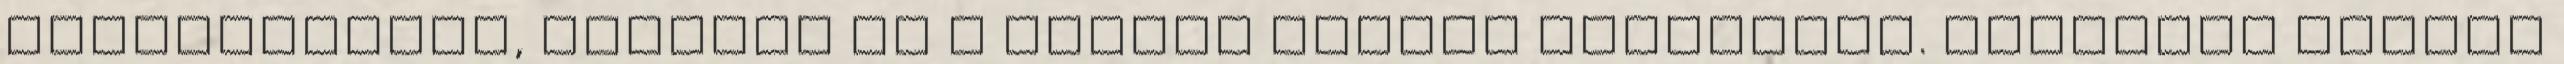
majorannával, borssal és a hűtőbe tettem letakarva. Pénteken szépen